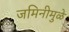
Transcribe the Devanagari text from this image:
जमिनीमुळे